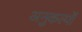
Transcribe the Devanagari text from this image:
अनुकल्पों